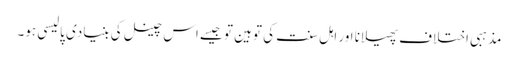
مذہبی اختلاف پھیلانا اور اہل سنت کی توہین تو جیسے اس چینل کی بنیادی پالیسی ہو۔